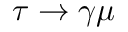
\tau \to \gamma \mu